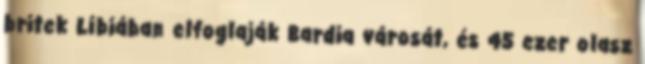
britek Líbiában elfoglaják Bardia városát, és 45 ezer olasz